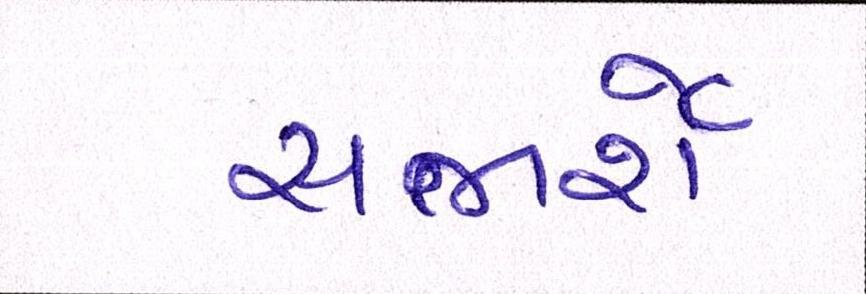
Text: સજાર્શેઃ